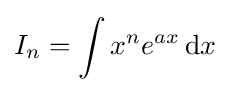
I_{n}=\int x^{n}e^{ax}\,{\text{d}}x\,\!